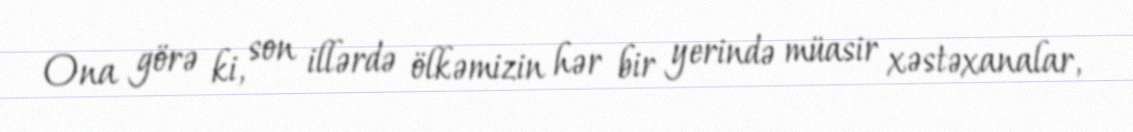
Ona görə ki, son illərdə ölkəmizin hər bir yerində müasir xəstəxanalar,